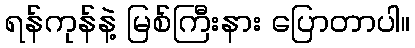
ရန်ကုန်နဲ့ မြစ်ကြီးနား ပြောတာပါ။